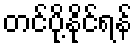
တင်ပို့နိုင်ရန်